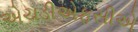
એચડીએફસીએ